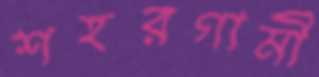
শহরগামী